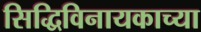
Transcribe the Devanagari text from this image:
सिद्धिविनायकाच्या